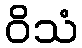
ဝိသံ